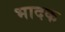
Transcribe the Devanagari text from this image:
भादक